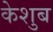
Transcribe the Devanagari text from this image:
केशुब